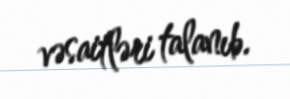
vəsaitləri talanıb.